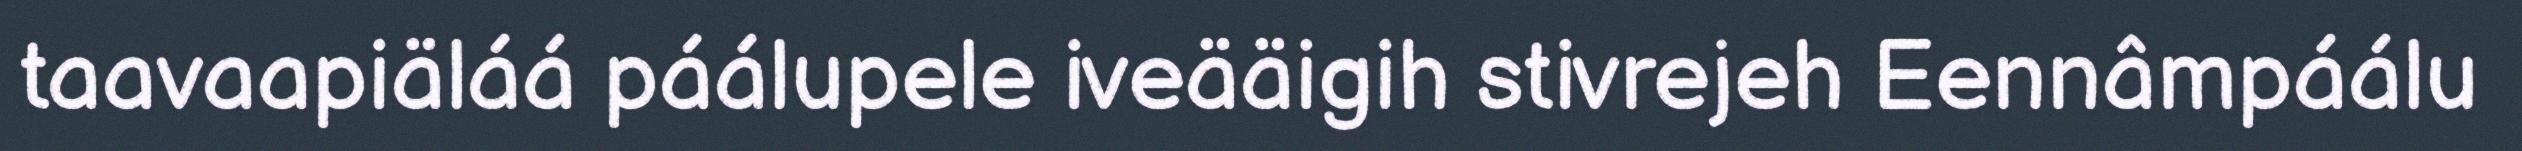
taavaapiäláá páálupele iveääigih stivrejeh Eennâmpáálu